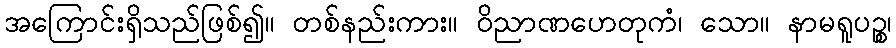
အကြောင်းရှိသည်ဖြစ်၍။ တစ်နည်းကား။ ဝိညာဏဟေတုကံ၊ သော။ နာမရူပဉ္စ၊